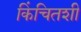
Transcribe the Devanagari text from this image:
किंचितशी